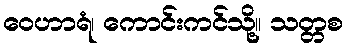
ဝေဟာရံ၊ ကောင်းကင်သို့။ သတ္တစ